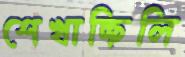
শেখাচ্ছিলি